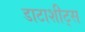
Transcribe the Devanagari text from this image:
डाटाशीट्स